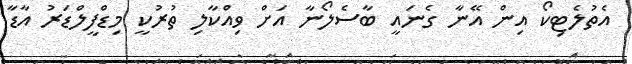
އެތުލެޓިކޯ އިން އޭނާ ގެނައީ ބާސެލޯނާ އަށް ވިއްކާލި ތުރުކީ މިޑްފީލްޑަރު އާޑާ